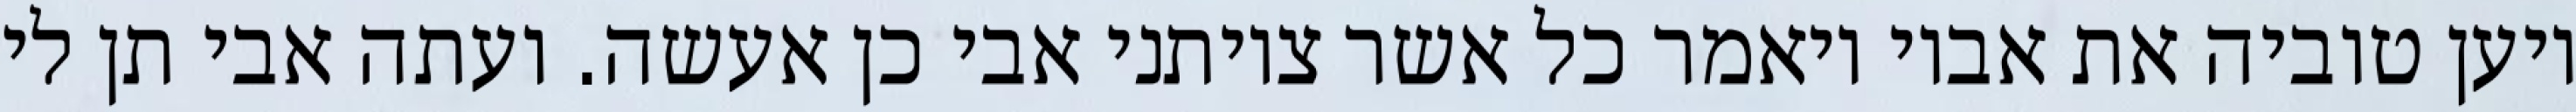
ויען טוביה את אביו ויאמר כל אשר צויתני אבי כן אעשה. ועתה אבי תן לי